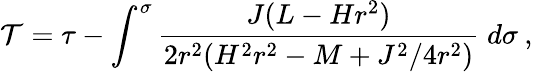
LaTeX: \mathcal{T}=\tau-\int^{\sigma}\frac{{J(L-Hr^{2})}}{{2r^{2}(H^{2}r^{2}-M+J^{2}/4r^{2})}}\; d\sigma\: ,